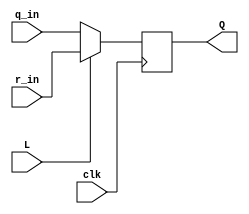
module top_module (
	input clk,
	input L,
	input r_in,
	input q_in,
	output reg Q);
wire x;
    assign x = L?  r_in : q_in ;
    always @(posedge clk)
        Q<=x;
endmodule